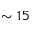
\sim 1 5